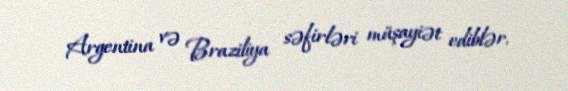
Argentina və Braziliya səfirləri müşayiət ediblər.